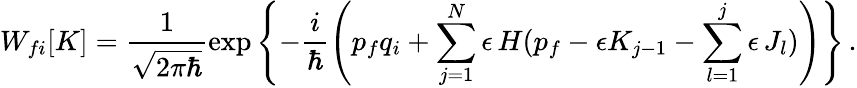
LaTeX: W_{fi}[K]=\frac{1}{\sqrt{2\pi\hbar}}\exp\left\{ -\frac{i}{\hbar}\left(p_{f}q_{i}+\sum_{j=1}^{N}\epsilon\, H(p_{f}-\epsilon K_{j-1}-\sum_{l=1}^{j}\epsilon\, J_{l})\right)\right\} \, .